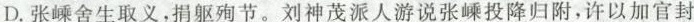
D.张嵊舍生取义，捐躯殉节。刘神茂派人游说张嵊投降归附，许以加官封